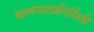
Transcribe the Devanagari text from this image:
बालनाट्यनिर्मिती